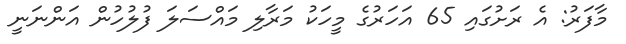
މާފަރު: އެ ރަށުގައި 65 އަހަރުގެ މީހަކު މަރާލި މައްސަލަ ފުލުހުން އަންނަނީ